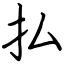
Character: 払